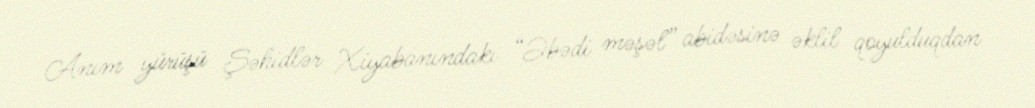
Anım yürüşü Şəhidlər Xiyabanındakı “Əbədi məşəl” abidəsinə əklil qoyulduqdan